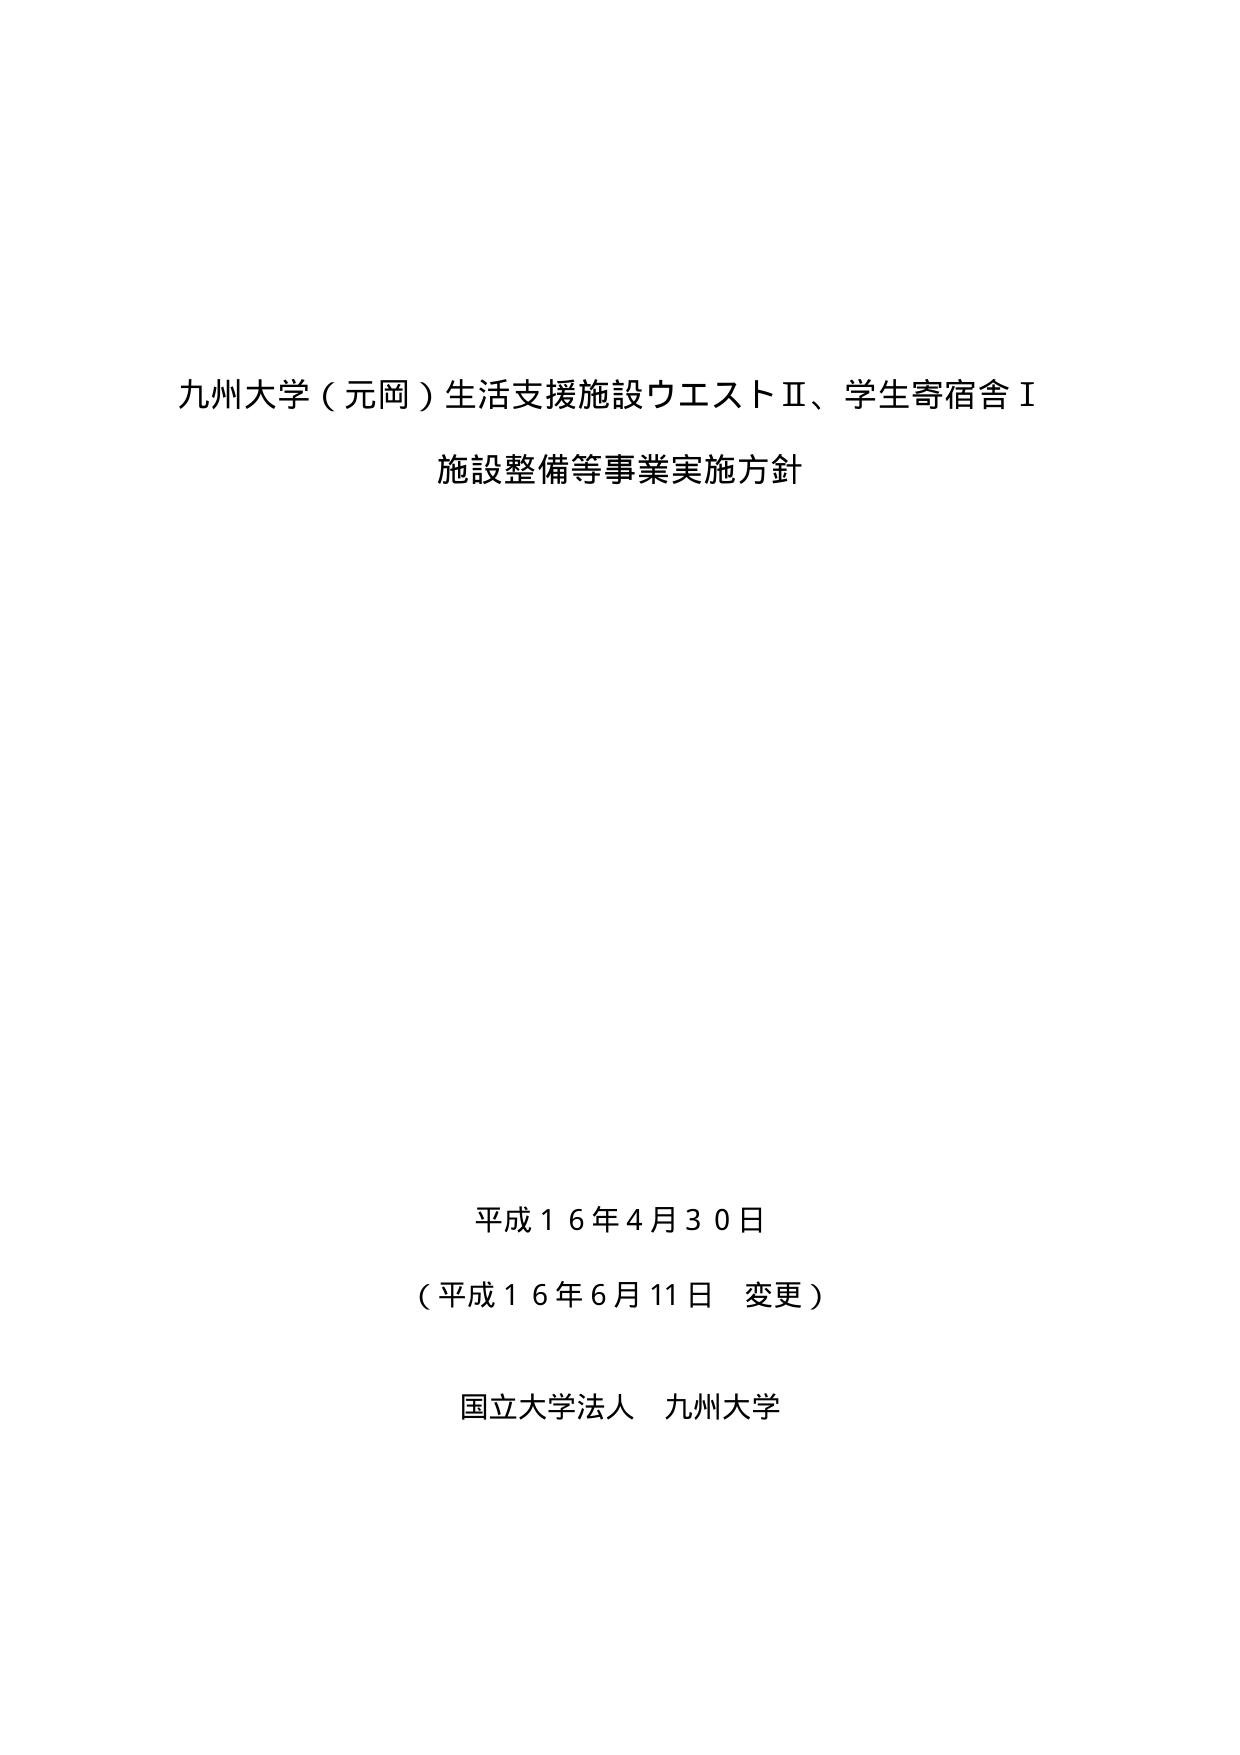
九州大学（元岡）生活支援施設ウエストⅡ、学生寄宿舎Ⅰ
施設整備等事業実施方針

平成１６年４月３０日
（平成１６年６月１１日 変更）
国立大学法人 九州大学